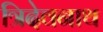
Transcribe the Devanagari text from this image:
त्रिदेवनाथ